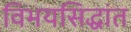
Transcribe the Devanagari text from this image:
विभयसिद्धांत